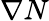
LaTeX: \nabla N